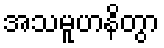
အသမူဟနိတွာ